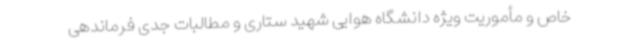
خاص و مأموریت ویژه دانشگاه هوایی شهید ستاری و مطالبات جدی فرماندهی